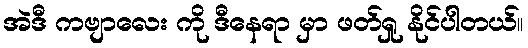
အဲဒီ ကဗျာလေး ကို ဒီနေရာ မှာ ဖတ်ရှု နိုင်ပါတယ်။